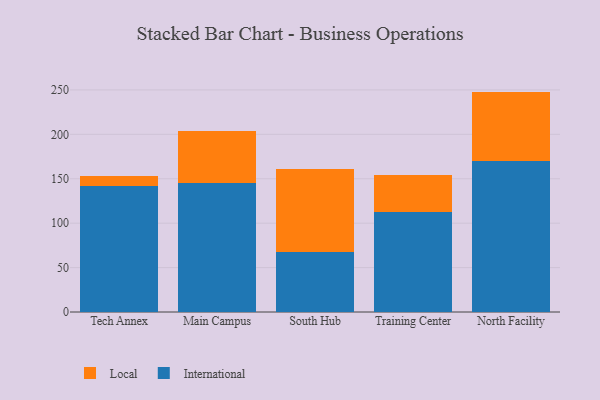
{"axis": {"x": "Campus", "y": "Gross Profit (USD K)"}, "legend": ["International", "Local"], "data": [{"x": "Tech Annex", "y": 141.4, "type": "International"}, {"x": "Tech Annex", "y": 12.0, "type": "Local"}, {"x": "Main Campus", "y": 145.0, "type": "International"}, {"x": "Main Campus", "y": 59.0, "type": "Local"}, {"x": "South Hub", "y": 67.8, "type": "International"}, {"x": "South Hub", "y": 92.8, "type": "Local"}, {"x": "Training Center", "y": 113.1, "type": "International"}, {"x": "Training Center", "y": 41.1, "type": "Local"}, {"x": "North Facility", "y": 170.1, "type": "International"}, {"x": "North Facility", "y": 78.0, "type": "Local"}]}